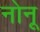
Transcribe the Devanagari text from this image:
नोनू